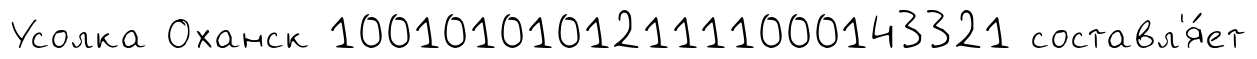
Усолка Оханск 100101010121111000143321 составл'я́ет